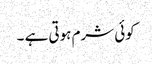
کوئی شرم ہوتی ہے ۔